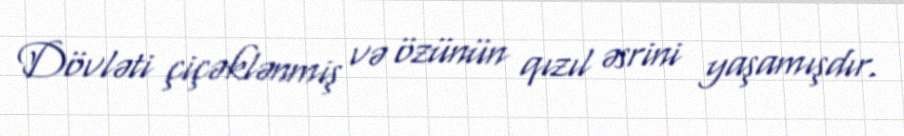
Dövləti çiçəklənmiş və özünün qızıl əsrini yaşamışdır.